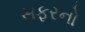
સફરનો